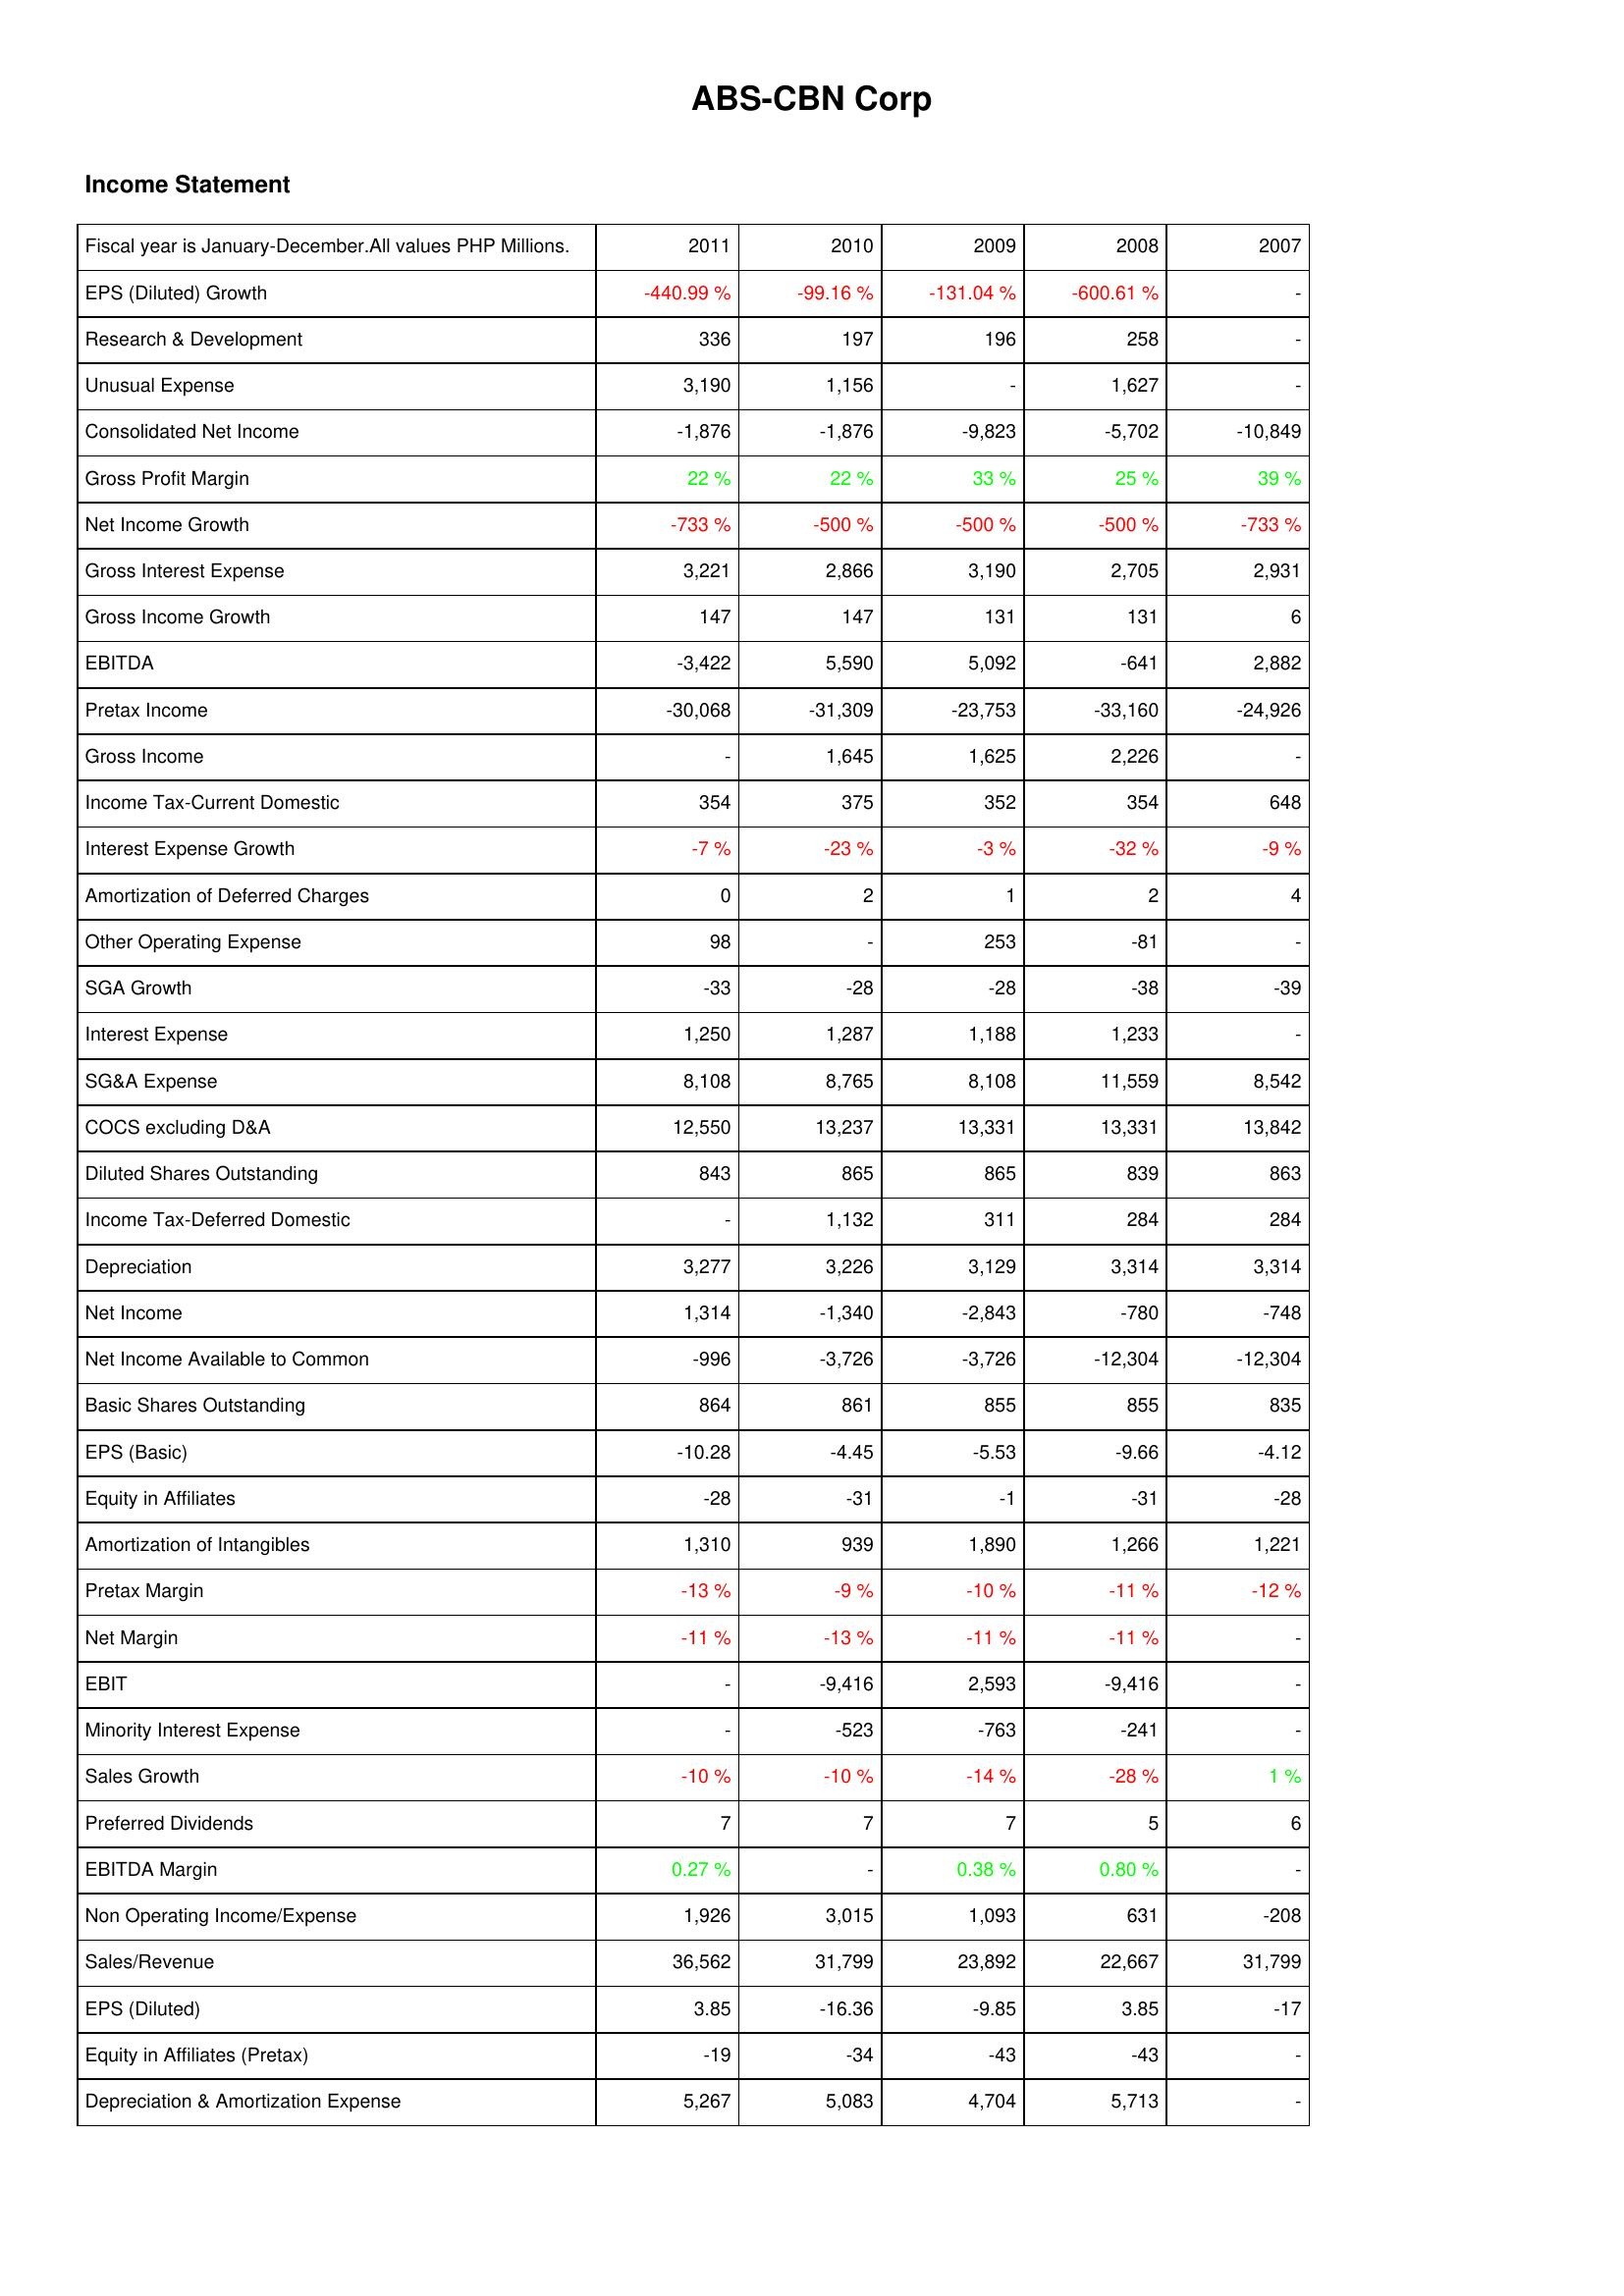
2011: Income Statement: EPS (Diluted) Growth: -440.99 %
Research & Development: 336
Unusual Expense: 3,190
Consolidated Net Income: -1,876
Gross Profit Margin: 22 %
Net Income Growth: -733 %
Gross Interest Expense: 3,221
Gross Income Growth: 147
EBITDA: -3,422
Pretax Income: -30,068
Gross Income: -
Income Tax-Current Domestic: 354
Interest Expense Growth: -7 %
Amortization of Deferred Charges: 0
Other Operating Expense: 98
SGA Growth: -33
Interest Expense: 1,250
SG&A Expense: 8,108
COCS excluding D&A: 12,550
Diluted Shares Outstanding: 843
Income Tax-Deferred Domestic: -
Depreciation: 3,277
Net Income: 1,314
Net Income Available to Common: -996
Basic Shares Outstanding: 864
EPS (Basic): -10.28
Equity in Affiliates: -28
Amortization of Intangibles: 1,310
Pretax Margin: -13 %
Net Margin: -11 %
EBIT: -
Minority Interest Expense: -
Sales Growth: -10 %
Preferred Dividends: 7
EBITDA Margin: 0.27 %
Non Operating Income/Expense: 1,926
Sales/Revenue: 36,562
EPS (Diluted): 3.85
Equity in Affiliates (Pretax): -19
Depreciation & Amortization Expense: 5,267
2010: Income Statement: EPS (Diluted) Growth: -99.16 %
Research & Development: 197
Unusual Expense: 1,156
Consolidated Net Income: -1,876
Gross Profit Margin: 22 %
Net Income Growth: -500 %
Gross Interest Expense: 2,866
Gross Income Growth: 147
EBITDA: 5,590
Pretax Income: -31,309
Gross Income: 1,645
Income Tax-Current Domestic: 375
Interest Expense Growth: -23 %
Amortization of Deferred Charges: 2
Other Operating Expense: -
SGA Growth: -28
Interest Expense: 1,287
SG&A Expense: 8,765
COCS excluding D&A: 13,237
Diluted Shares Outstanding: 865
Income Tax-Deferred Domestic: 1,132
Depreciation: 3,226
Net Income: -1,340
Net Income Available to Common: -3,726
Basic Shares Outstanding: 861
EPS (Basic): -4.45
Equity in Affiliates: -31
Amortization of Intangibles: 939
Pretax Margin: -9 %
Net Margin: -13 %
EBIT: -9,416
Minority Interest Expense: -523
Sales Growth: -10 %
Preferred Dividends: 7
EBITDA Margin: -
Non Operating Income/Expense: 3,015
Sales/Revenue: 31,799
EPS (Diluted): -16.36
Equity in Affiliates (Pretax): -34
Depreciation & Amortization Expense: 5,083
2009: Income Statement: EPS (Diluted) Growth: -131.04 %
Research & Development: 196
Unusual Expense: -
Consolidated Net Income: -9,823
Gross Profit Margin: 33 %
Net Income Growth: -500 %
Gross Interest Expense: 3,190
Gross Income Growth: 131
EBITDA: 5,092
Pretax Income: -23,753
Gross Income: 1,625
Income Tax-Current Domestic: 352
Interest Expense Growth: -3 %
Amortization of Deferred Charges: 1
Other Operating Expense: 253
SGA Growth: -28
Interest Expense: 1,188
SG&A Expense: 8,108
COCS excluding D&A: 13,331
Diluted Shares Outstanding: 865
Income Tax-Deferred Domestic: 311
Depreciation: 3,129
Net Income: -2,843
Net Income Available to Common: -3,726
Basic Shares Outstanding: 855
EPS (Basic): -5.53
Equity in Affiliates: -1
Amortization of Intangibles: 1,890
Pretax Margin: -10 %
Net Margin: -11 %
EBIT: 2,593
Minority Interest Expense: -763
Sales Growth: -14 %
Preferred Dividends: 7
EBITDA Margin: 0.38 %
Non Operating Income/Expense: 1,093
Sales/Revenue: 23,892
EPS (Diluted): -9.85
Equity in Affiliates (Pretax): -43
Depreciation & Amortization Expense: 4,704
2008: Income Statement: EPS (Diluted) Growth: -600.61 %
Research & Development: 258
Unusual Expense: 1,627
Consolidated Net Income: -5,702
Gross Profit Margin: 25 %
Net Income Growth: -500 %
Gross Interest Expense: 2,705
Gross Income Growth: 131
EBITDA: -641
Pretax Income: -33,160
Gross Income: 2,226
Income Tax-Current Domestic: 354
Interest Expense Growth: -32 %
Amortization of Deferred Charges: 2
Other Operating Expense: -81
SGA Growth: -38
Interest Expense: 1,233
SG&A Expense: 11,559
COCS excluding D&A: 13,331
Diluted Shares Outstanding: 839
Income Tax-Deferred Domestic: 284
Depreciation: 3,314
Net Income: -780
Net Income Available to Common: -12,304
Basic Shares Outstanding: 855
EPS (Basic): -9.66
Equity in Affiliates: -31
Amortization of Intangibles: 1,266
Pretax Margin: -11 %
Net Margin: -11 %
EBIT: -9,416
Minority Interest Expense: -241
Sales Growth: -28 %
Preferred Dividends: 5
EBITDA Margin: 0.80 %
Non Operating Income/Expense: 631
Sales/Revenue: 22,667
EPS (Diluted): 3.85
Equity in Affiliates (Pretax): -43
Depreciation & Amortization Expense: 5,713
2007: Income Statement: EPS (Diluted) Growth: -
Research & Development: -
Unusual Expense: -
Consolidated Net Income: -10,849
Gross Profit Margin: 39 %
Net Income Growth: -733 %
Gross Interest Expense: 2,931
Gross Income Growth: 6
EBITDA: 2,882
Pretax Income: -24,926
Gross Income: -
Income Tax-Current Domestic: 648
Interest Expense Growth: -9 %
Amortization of Deferred Charges: 4
Other Operating Expense: -
SGA Growth: -39
Interest Expense: -
SG&A Expense: 8,542
COCS excluding D&A: 13,842
Diluted Shares Outstanding: 863
Income Tax-Deferred Domestic: 284
Depreciation: 3,314
Net Income: -748
Net Income Available to Common: -12,304
Basic Shares Outstanding: 835
EPS (Basic): -4.12
Equity in Affiliates: -28
Amortization of Intangibles: 1,221
Pretax Margin: -12 %
Net Margin: -
EBIT: -
Minority Interest Expense: -
Sales Growth: 1 %
Preferred Dividends: 6
EBITDA Margin: -
Non Operating Income/Expense: -208
Sales/Revenue: 31,799
EPS (Diluted): -17
Equity in Affiliates (Pretax): -
Depreciation & Amortization Expense: -